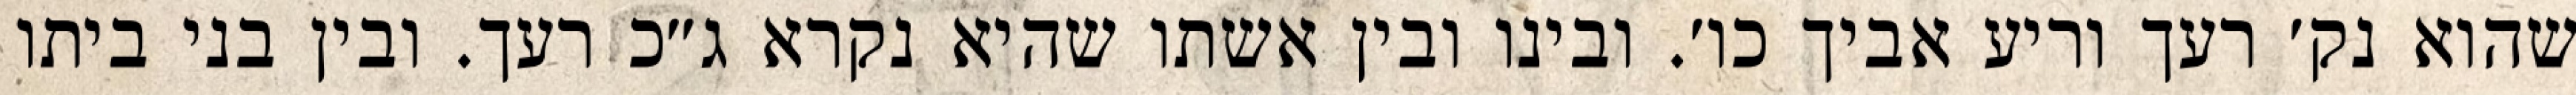
שהוא נק׳ רעך וריע אביך כו׳. ובינו ובין אשתו שהיא נקרא ג״כ רעך. ובין בני ביתו